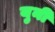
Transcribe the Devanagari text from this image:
युनी